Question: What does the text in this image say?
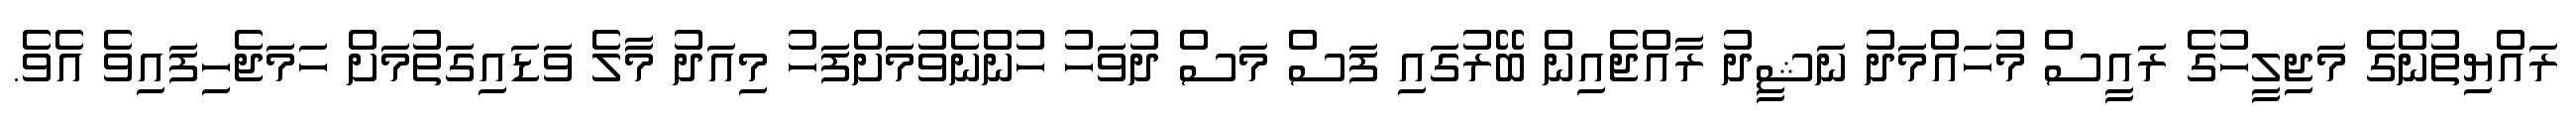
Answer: ރައްޔިތުންގެ މަޖިލީހުގެ ރައީސް މުހައްމަދު ނަޝީދު ރާއްޖެއިން ބޭރުގައި ފަސް މަސް ދުވަހު ހުންނެވުމަށްފަހު މިއަދު މާލެ ވަޑައިގަތުމަށް ހަމަޖެހިފައިވެ އެވެ.